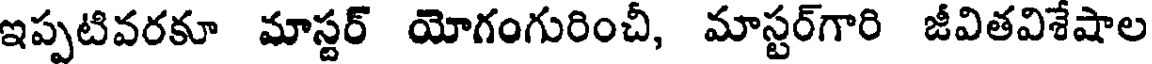
ఇప్పటివరకూ మాస్టర్ యోగంగురించీ, మాస్టర్గారి జీవితవిశేషాల